Newspaper: The Wheeling daily register. [volume]
Place of publication: Wheeling, W. Va.
Publisher: Lewis Baker & O.S. Long
Date: 1865-03-27 00:00:00
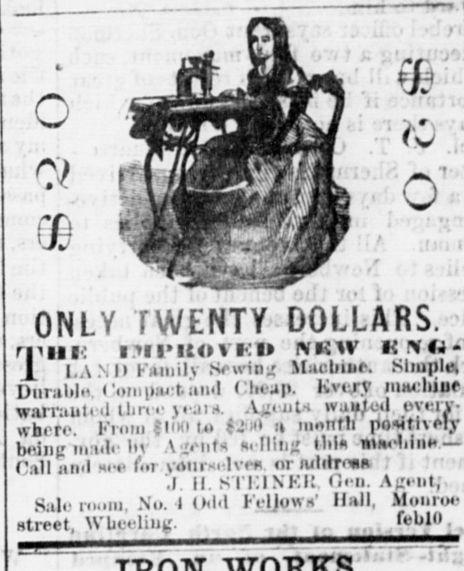
Advertisement text (OCR):
ONLY TWENTY DOLLARS. rniiK mi'RovKU nkw i: \ (. 1 LA Nil K*mil> Se wi o / Machine. Simple, Durable ( 'om pact, and ' heap. Every warr.iutt il tlin i' jcjm. A^eoU waited t>verv where. From - 1 < m i i ?* >j;i? a month being maile 1m \ ^enfn ??< -fling thl* mnchim* Call and we fot lve* or lulilrm* .1 II STKI NEK, Oeu. A Kent, Sale ro, mi. No. I Odd Fcljowa' Hall, utreet, Wheeling. febln
Label: illustrations